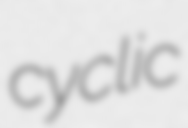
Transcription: cyclic